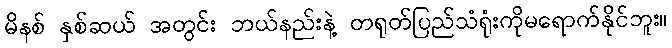
မိနစ် နှစ်ဆယ် အတွင်း ဘယ်နည်းနဲ့ တရုတ်ပြည်သံရုံးကိုမရောက်နိုင်ဘူး။